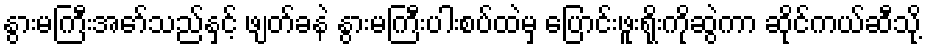
နွားမကြီးအော်သည်နှင့် ဖျတ်ခနဲ နွားမကြီးပါးစပ်ထဲမှ ပြောင်းဖူးရိုးကိုဆွဲကာ ဆိုင်ကယ်ဆီသို့